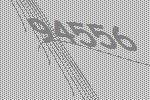
94556